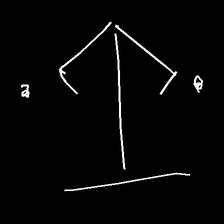
Glyph: earth